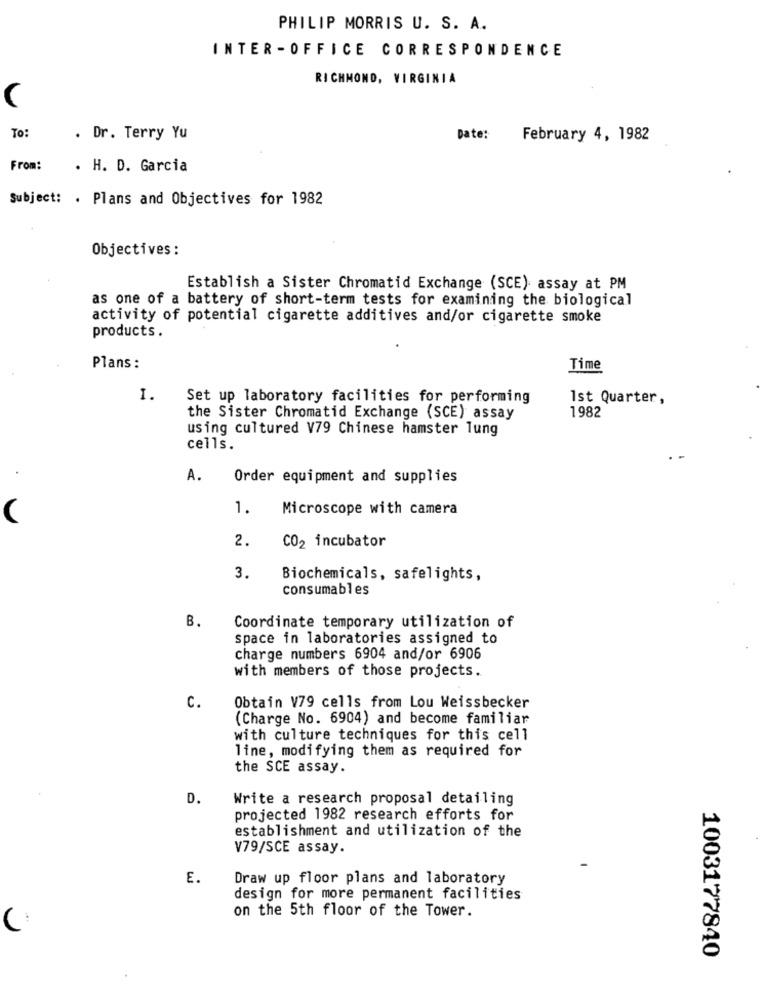
PHILIP MORRIS U. S. A.
INTER -OFFICE CORRESPONDENCE
RICHMOND, VIRGINIA
C
To:
. Dr. Terry Yu
Date:
February 4, 1982
From:
. H. D. Garcia
Subject: . Plans and Objectives for 1982
Objectives :
Establish a Sister Chromatid Exchange (SCE): assay at PM
as one of a battery of short-term tests for examining the biological
activity of potential cigarette additives and/or cigarette smoke
products .
Plans :
Time
1.
Set up laboratory facilities for performing
1st Quarter,
1982
the Sister Chromatid Exchange (SCE) assay
using cultured V79 Chinese hamster lung
cells.
A.
Order equipment and supplies
1.
Microscope with camera
(
2.
CO2 incubator
3.
Biochemicals, safelights,
consumables
B.
Coordinate temporary utilization of
space in laboratories assigned to
charge numbers 6904 and/or 6906
with members of those projects.
C.
Obtain V79 cells from Lou Weissbecker
(Charge No. 6904) and become familiar
with culture techniques for this cell
line, modifying them as required for
the SCE assay.
D.
Write a research proposal detailing
projected 1982 research efforts for
establishment and utilization of the
V79/SCE assay.
E.
Draw up floor plans and laboratory
design for more permanent facilities
on the 5th floor of the Tower.
1003177840
.